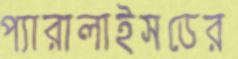
প্যারালাইসডের